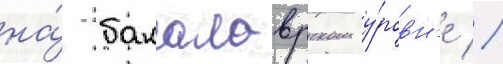
на́ бакалаврском у́ровн'е //